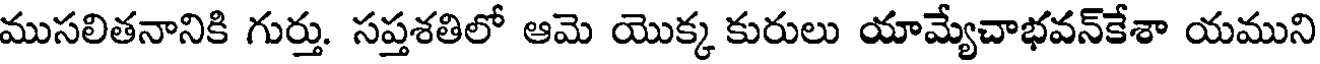
ముసలితనానికి గుర్తు. సప్తశతిలో ఆమె యొక్క కురులు యామ్యేచాభవన్కేశా యముని